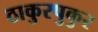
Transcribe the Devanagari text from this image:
ठाकुरपुकुर